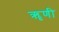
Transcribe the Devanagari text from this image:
ॠणी